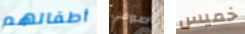
أطفالهم صوفي خميس